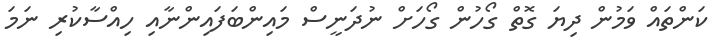
ކަންތައް ވަމުން ދިޔަ ގޮތް ގޯހުން ގޯހަށް ނުދަނީސް މައިންބަފައިންނާއި ހިއްސާކުރި ނަމަ